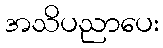
အသိပညာပေး